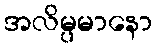
အလိမ္ပမာနော